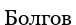
Болгов